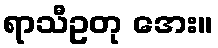
ရာသီဥတု အေး။